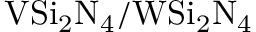
\mathrm { V S i _ { 2 } N _ { 4 } / W S i _ { 2 } N _ { 4 } }